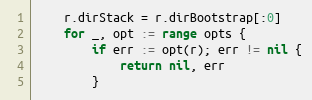
Language: Go
	r.dirStack = r.dirBootstrap[:0]
	for _, opt := range opts {
		if err := opt(r); err != nil {
			return nil, err
		}